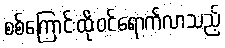
စစ်ကြောင်းထိုးဝင်ရောက်လာသည့်